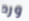
ورد